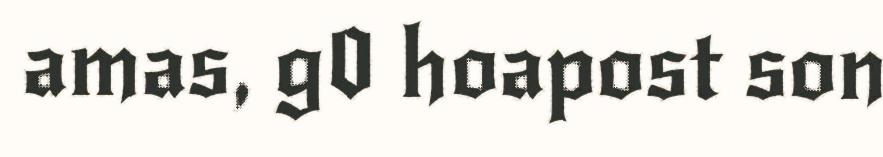
amas, g0 hoapost son